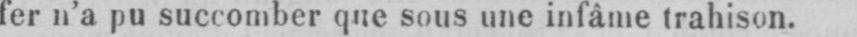
fer n’a pu succomber que sous une infâme trahison.